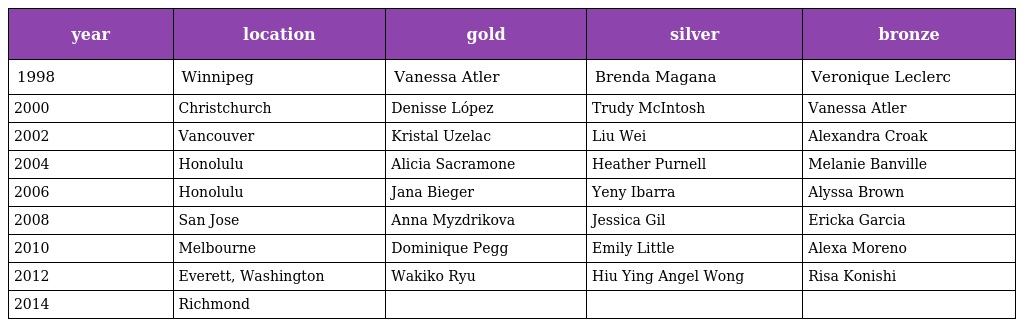
| year | location | gold | silver | bronze |
 | --- | --- | --- | --- | --- |
 | 1998 | Winnipeg | Vanessa Atler | Brenda Magana | Veronique Leclerc |
 | 2000 | Christchurch | Denisse López | Trudy McIntosh | Vanessa Atler |
 | 2002 | Vancouver | Kristal Uzelac | Liu Wei | Alexandra Croak |
 | 2004 | Honolulu | Alicia Sacramone | Heather Purnell | Melanie Banville |
 | 2006 | Honolulu | Jana Bieger | Yeny Ibarra | Alyssa Brown |
 | 2008 | San Jose | Anna Myzdrikova | Jessica Gil | Ericka Garcia |
 | 2010 | Melbourne | Dominique Pegg | Emily Little | Alexa Moreno |
 | 2012 | Everett, Washington | Wakiko Ryu | Hiu Ying Angel Wong | Risa Konishi |
 | 2014 | Richmond |  |  |  |